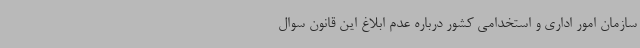
سازمان امور اداری و استخدامی کشور درباره عدم ابلاغ این قانون سوال